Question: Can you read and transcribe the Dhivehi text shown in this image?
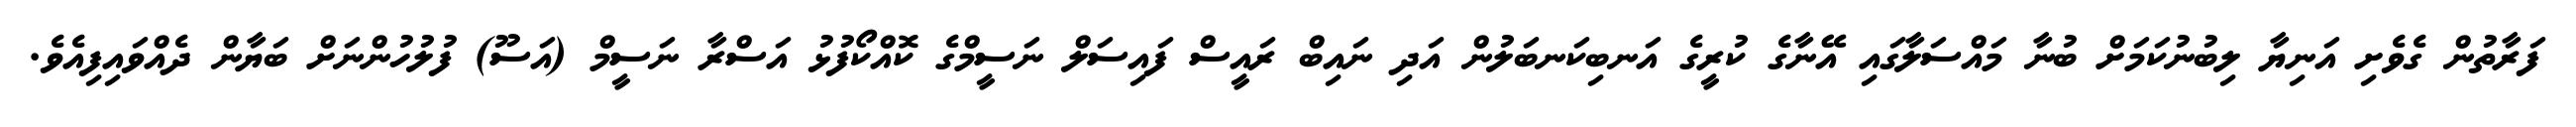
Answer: ފަރާތުން ގެވެށި އަނިޔާ ލިބުނުކަމަށް ބުނާ މައްސަލާގައި އޭނާގެ ކުރީގެ އަނބިކަނބަލުން އަދި ނައިބް ރައީސް ފައިސަލް ނަސީމްގެ ކޮއްކޯފުޅު އަސްރާ ނަސީމް (އަސޫ) ފުލުހުންނަށް ބަޔާން ދެއްވައިފިއެވެ.